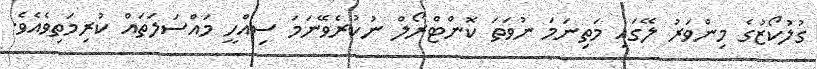
ގުލުކޯޒުގެ މިންވަރު ލޭގައި މަތިނަމަ ނުވަތަ ކޮންޓްރޯލް ނުކުރެވޭނަމަ ސިއްހީ މައްސަލަަތައް ކުރިމަތިވެއެވެ.